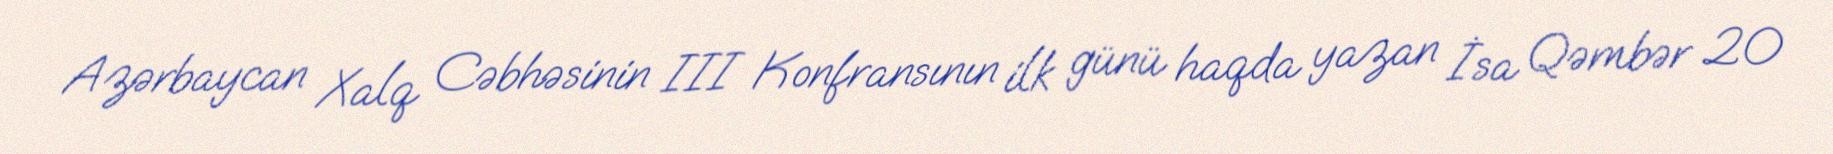
Azərbaycan Xalq Cəbhəsinin III Konfransının ilk günü haqda yazan İsa Qəmbər 20